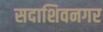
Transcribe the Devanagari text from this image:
सदाशिवनगर